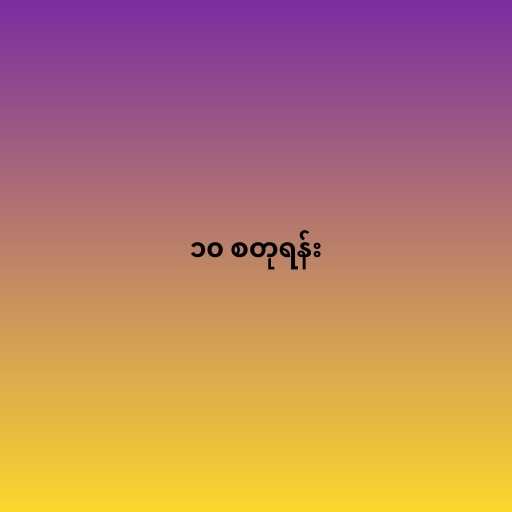
၁၀ စတုရန်း